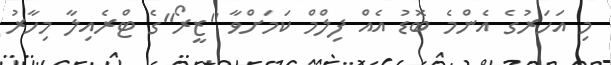
މި އަހަރުގެ އެންމެ ބޮޑު އެއް ފިލްމް ކަމަށްވާ "ޒީރޯ"ގެ ޓްރެއިލާ މިހާރު